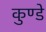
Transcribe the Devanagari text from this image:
कुण्डे